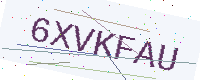
Text: 6XVKFAU